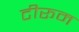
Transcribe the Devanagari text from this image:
टीरूम